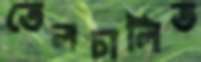
তেলচালিত